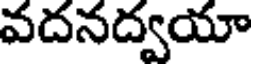
వదనద్వయా